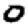
Digit: 0